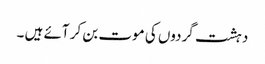
دہشت گردوں کی موت بن کر آئے ہیں ۔